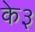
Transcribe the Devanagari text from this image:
के३